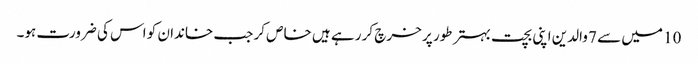
10 میں سے 7 والدین اپنی بچت بہتر طور پر خرچ کر رہے ہیں خاص کر جب خاندان کو اس کی ضرورت ہو۔